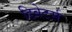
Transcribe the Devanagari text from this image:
डिबेटर्स